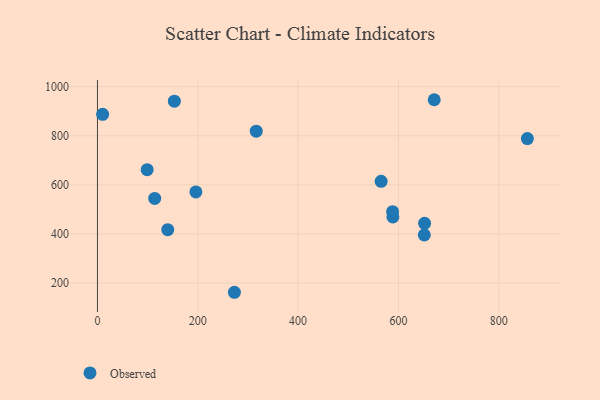
{"axis": {"x": "Investment", "y": "Sales"}, "legend": ["Observed"], "data": [{"x": "671.3", "y": 947.1, "type": "Observed"}, {"x": "10.3", "y": 887.6, "type": "Observed"}, {"x": "588.9", "y": 469.4, "type": "Observed"}, {"x": "652.1", "y": 443.5, "type": "Observed"}, {"x": "196.2", "y": 571.3, "type": "Observed"}, {"x": "588.3", "y": 490.7, "type": "Observed"}, {"x": "651.5", "y": 395.9, "type": "Observed"}, {"x": "99.1", "y": 661.9, "type": "Observed"}, {"x": "140.1", "y": 417.3, "type": "Observed"}, {"x": "316.5", "y": 818.9, "type": "Observed"}, {"x": "114.1", "y": 544.7, "type": "Observed"}, {"x": "857.0", "y": 788.9, "type": "Observed"}, {"x": "153.3", "y": 941.0, "type": "Observed"}, {"x": "565.5", "y": 614.7, "type": "Observed"}, {"x": "273.0", "y": 162.3, "type": "Observed"}]}